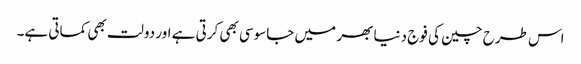
اس طرح چین کی فوج دنیا بھر میں جاسوسی بھی کرتی ہے اور دولت بھی کماتی ہے۔